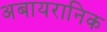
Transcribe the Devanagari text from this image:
अबायरानिक